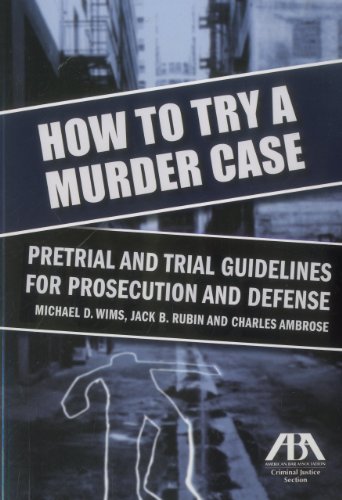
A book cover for How to Try a Murder Case: Pretrial and Trial Guidelines for Prosecution and Defense; Charles E., Jr. Ambrose; Law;